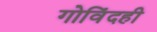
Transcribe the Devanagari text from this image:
गोविंदही